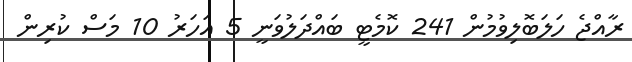
ރާއްޖެ ހަލަބޮލިވުމުން 241 ކޮމެޓީ ބައްދަލުވަނީ 5 އަހަރު 10 މަސް ކުރިން